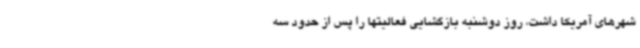
شهرهای آمریکا داشت، روز دوشنبه بازگشایی فعالیتها را پس از حدود سه